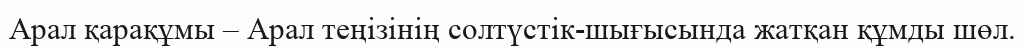
Арал қарақұмы – Арал теңізінің солтүстік-шығысында жатқан құмды шөл.